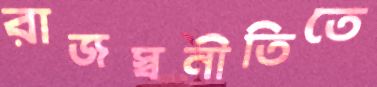
রাজস্বনীতিতে